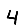
Digit: 4